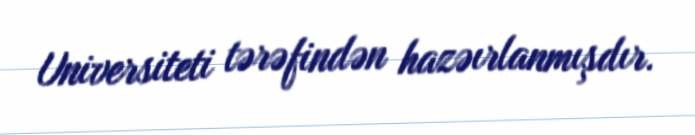
Universiteti tərəfindən hazəırlanmışdır.